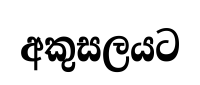
අකුසලයට